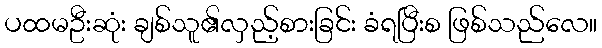
ပထမဦးဆုံး ချစ်သူ၏လှည့်စားခြင်း ခံရပြီးစ ဖြစ်သည်လေ။